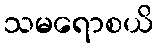
သမရောစယိ